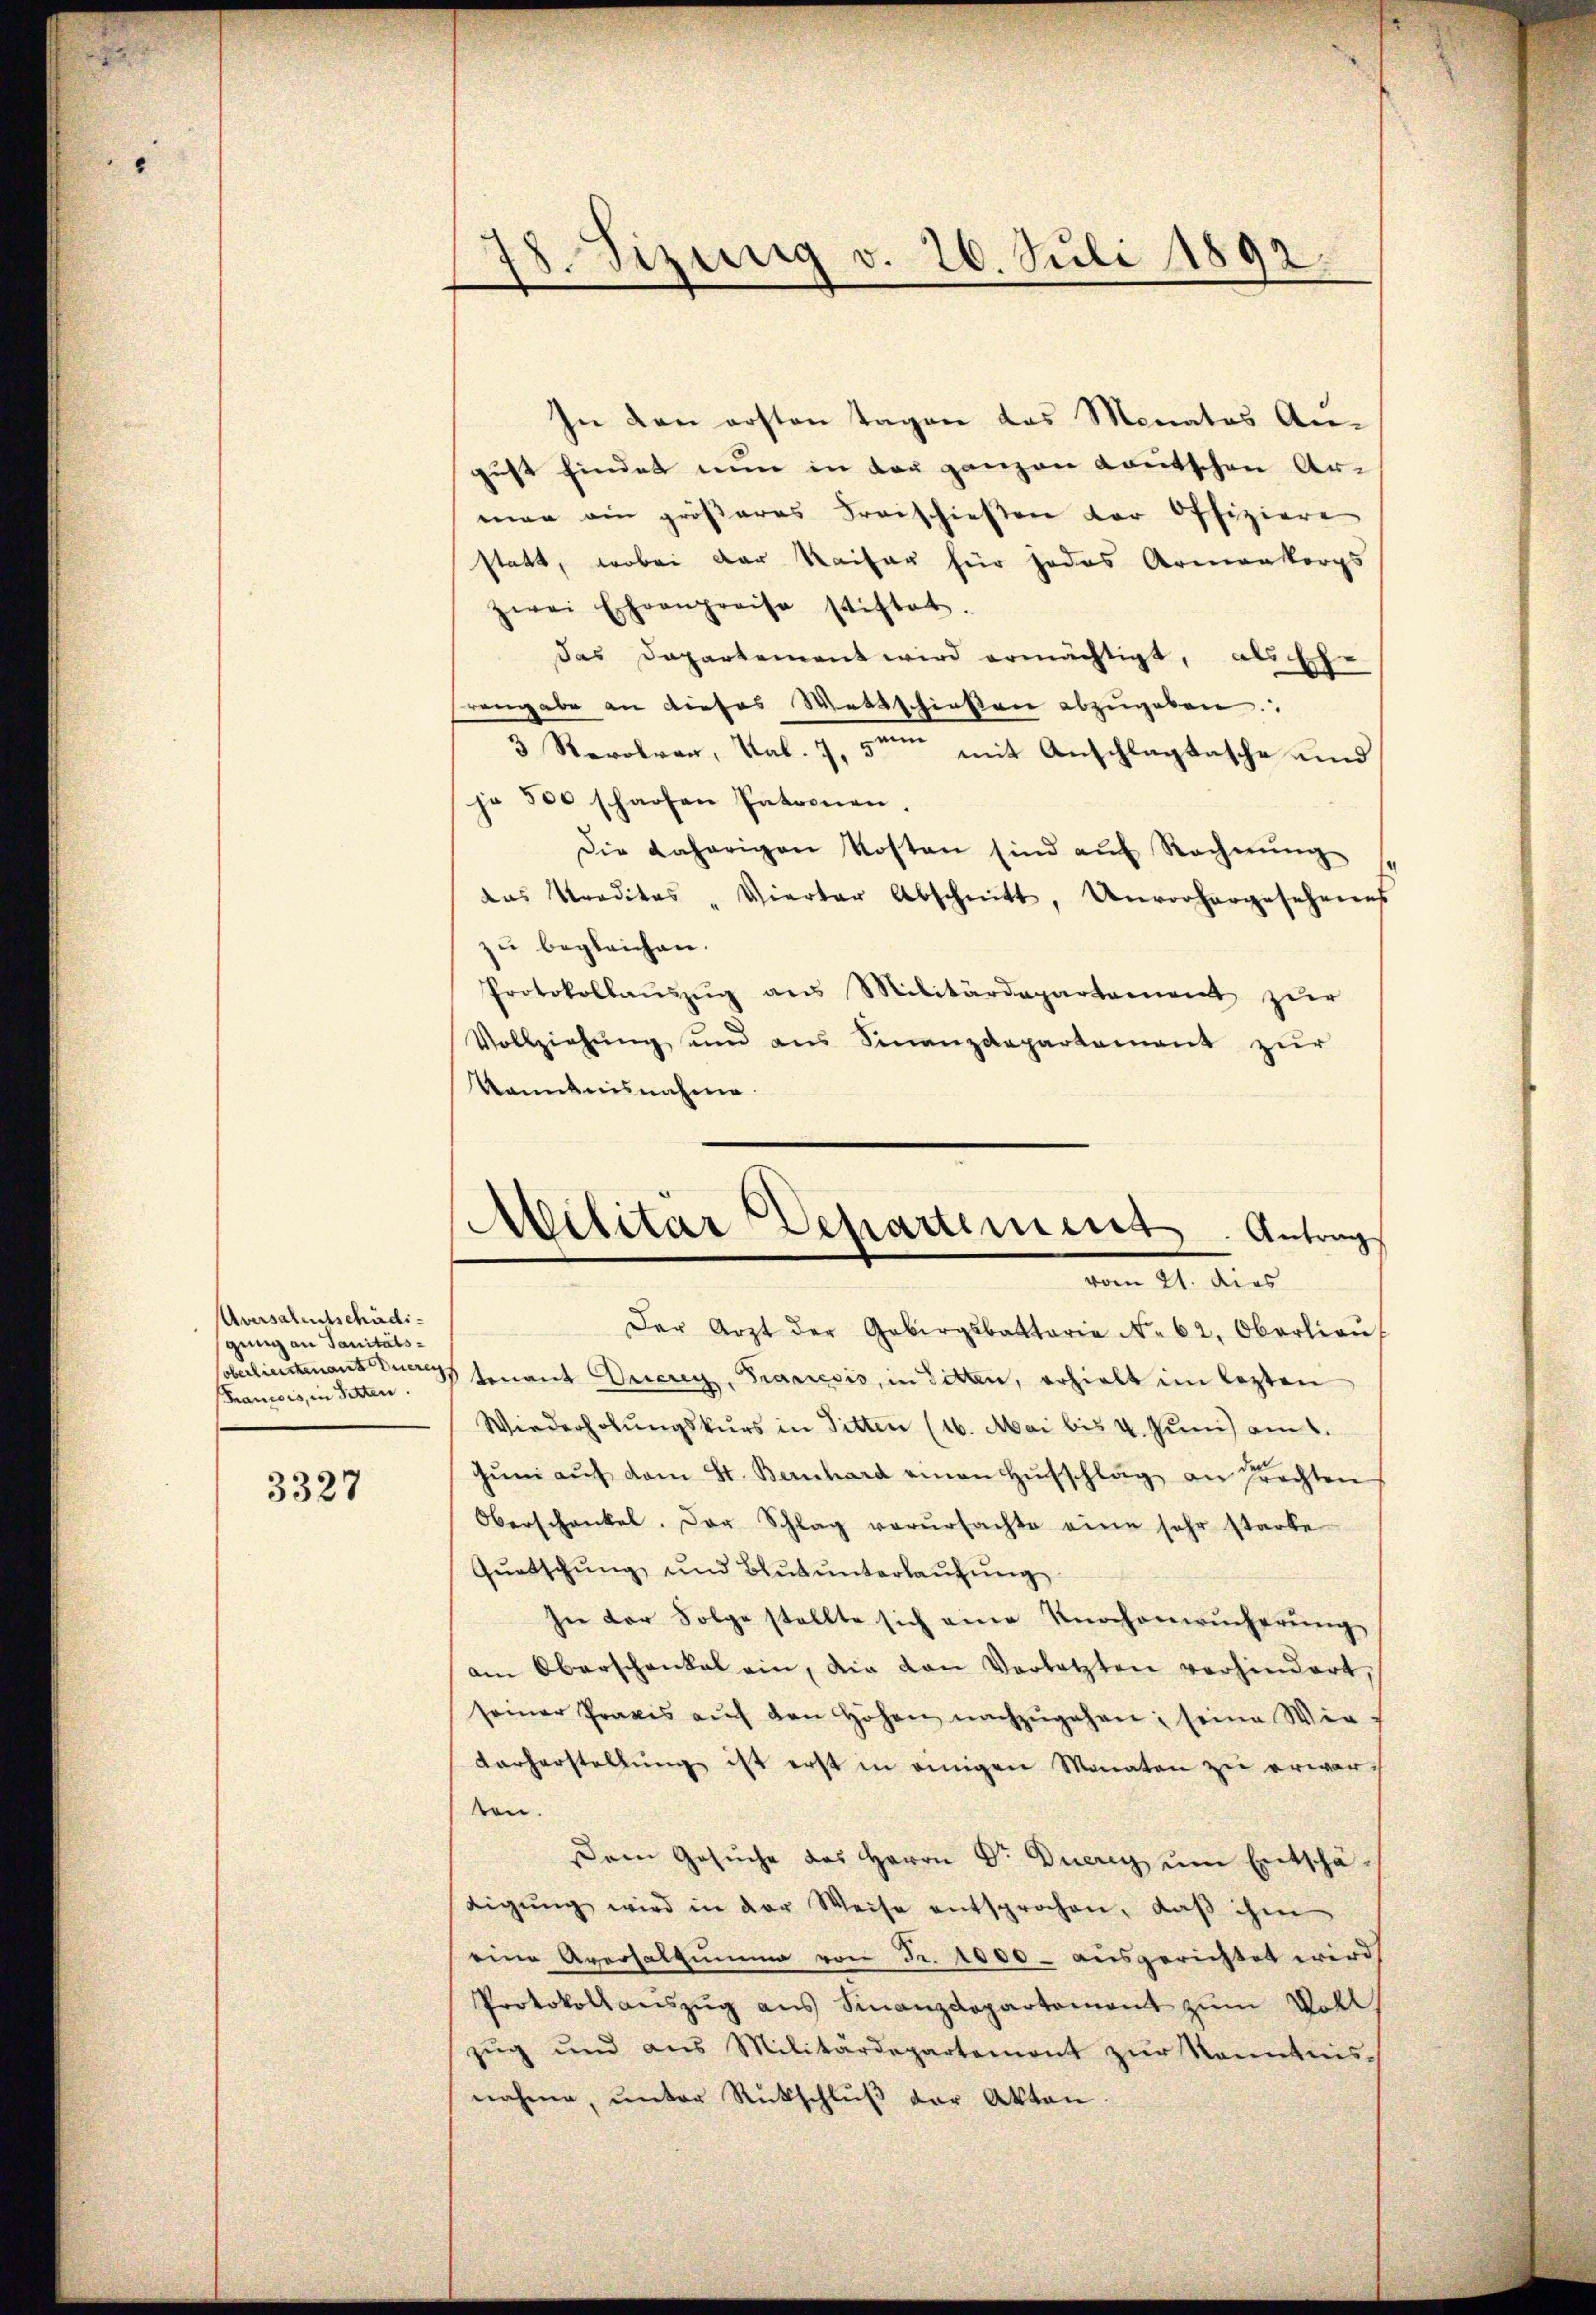
Aversalentschädigung an Sanitäts¬
Krancois, in Sitten.

3327

In den ersten Tagen das Monates An-
gust findet nun in der ganzen Lautschen Ar-
man ein größeres Freischießen der Offiziere
statt, wobei der Kaiser für jedes Armenkorps
zwei Ehrenpreise stiftet.
das Departement wird ermächtigt, als sche
engabe an dieses Wettschießen abzŭgeben:
3 Revolver, Sal. 7, 5ten mit Anschlagtasche und
je 500 scharfen Patronen
Die daherigen Kosten sind aŭf Rechnŭng
das Kreditas " Vierter Abschnitt, Unvorhergesehenes
zŭ begleichen.
Protokollaŭszŭg ans Militärdepartement zŭr
Vollziehung und aus Finanzdepartement zur
Kenntnisnahme.

18. Sizung v. 26. Juli 1892.

Militär Departiment. Antrag
vom 21. dies

Der Arzt der Gebirgsbattaria No. 62, Oberlieŭ
Colerliertenant der Genant Drierey, Francesis, in Sitten, erhielt im lezten
Wiederholŭngskurs in Titten (16. Mai bis 4. Juni am 1.
Jŭni aŭf dem St. Bernhard einen Hŭsschlag an Prechten
Oberschenkel. Der Schlag verŭrsachte eine sehr starke
Qŭatschŭng und Blŭt ŭnterlaŭfŭng
sie der Folge stellte sich eine Knochenwucherung
am Oberschenkel ein, die von Verletzten verhindert,
seiner Praxis aŭf den Höhen nachzŭgehen, seine Wir-
Vorherstellŭng ist erst in einigen Monaten zu erwarten.
sem Gesŭche des Herrn Dr. Ducry ŭm Entschä-
digŭng wird in der Weise entsprochen, daβ ihm
eine Averhaltung von Fr. 1000 - ausgerichtet wird
Protokoll auszug aus Finanzdepartement zum Voll
zug und aus Militärdepartemont zŭr Kenntnis-
nahme, unter Rückschlŭβ der Akten